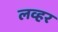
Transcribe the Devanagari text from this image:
लव्हर